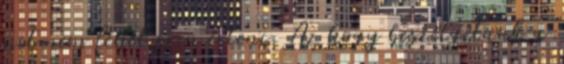
mit nem lehet ezen érteni. Az hogy beszélgetünk a